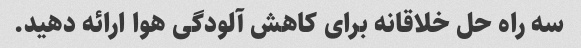
سه راه حل خلاقانه برای کاهش آلودگی هوا ارائه دهید.